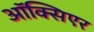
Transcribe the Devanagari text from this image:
ऑक्सिएर